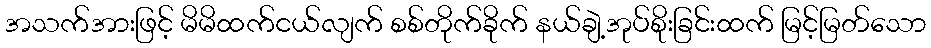
အသက်အားဖြင့် မိမိထက်ငယ်လျက် စစ်တိုက်ခိုက် နယ်ချဲ့အုပ်စိုးခြင်းထက် မြင့်မြတ်သော